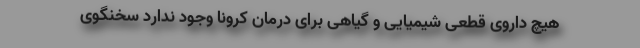
هیچ داروی قطعی شیمیایی و گیاهی برای درمان کرونا وجود ندارد سخنگوی